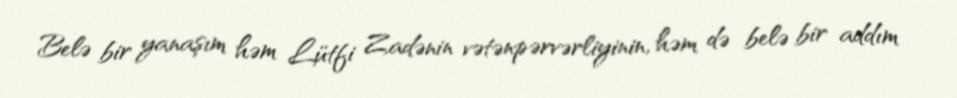
Belə bir yanaşım həm Lütfi Zadənin vətənpərvərliyinin, həm də belə bir addım